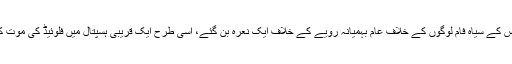
جس طرح گارنر کے آخری الفاظ پولیس کے سیاہ فام لوگوں کے خلاف عام بہمیانہ رویے کے خلاف ایک نعرہ بن گئے، اسی طرح ایک قریبی ہسپتال میں فلوئیڈ کی موت کے بعد شہر میں احتجاج شروع ہو گیا۔